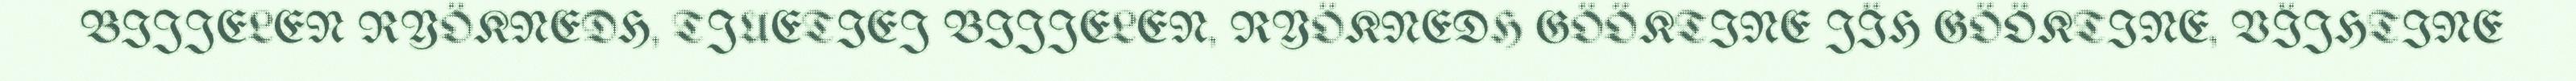
BIJJELEN RYÖKNEDH, TJUETIEJ BIJJELEN, RYÖKNEDH GÖÖKTINE JÏH GÖÖKTINE, VÏJHTINE